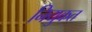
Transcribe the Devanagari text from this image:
नियुकत